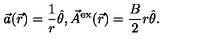
\vec { a } ( \vec { r } ) = \frac { 1 } { r } \hat { \theta } , \vec { A } ^ { \mathrm { e x } } ( \vec { r } ) = \frac { B } { 2 } r \hat { \theta } .